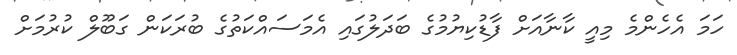
ހަމަ އެހެންމެ މިއީ ކާނާއަށް ފާޑުކިޔުމުގެ ބަދަލުގައި އެމަސައްކަތުގެ ބުރަކަން ގަބޫލް ކުުރުމަށް